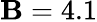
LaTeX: \mathbf{B}=4.1